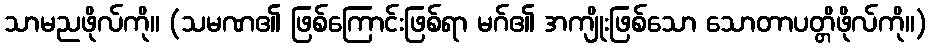
သာမညဖိုလ်ကို။ (သမဏ၏ ဖြစ်ကြောင်းဖြစ်ရာ မဂ်၏ အကျိုးဖြစ်သော သောတာပတ္တိဖိုလ်ကို။)